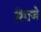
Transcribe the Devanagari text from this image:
रिंगजे